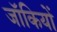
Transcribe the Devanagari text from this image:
जॉकियों